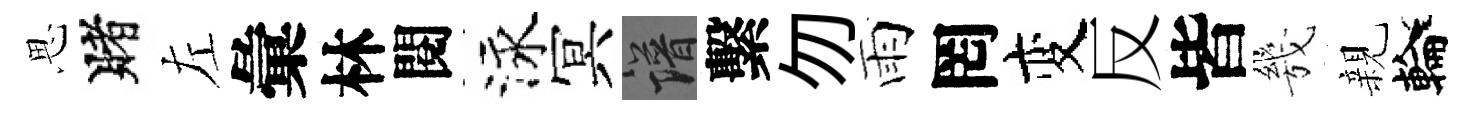
思賭左彙林閱泳冥譜繫勿雨罔变反皆㡬親輪